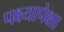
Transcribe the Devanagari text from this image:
पक्ष्यापेक्षा